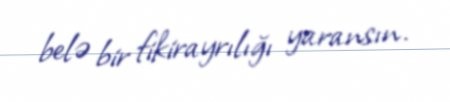
belə bir fikirayrılığı yaransın.